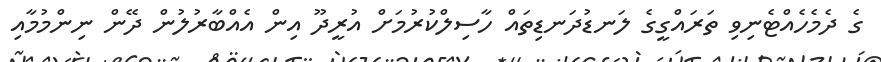
ގެ ދެމެހެއްޓެނިވި ތަަރައްގީގެ ލަނޑުދަނޑިތައް ހާސިލްކުރުމަށް އުރީދޫ އިން އެއްބާރުލުން ދޭން ނިންމުމާއި